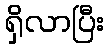
ရှိလာပြီး